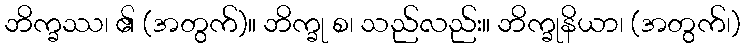
ဘိက္ခဿ၊ ၏ (အတွက်)။ ဘိက္ခု စ၊ သည်လည်း။ ဘိက္ခုနိယာ၊ (အတွက်၊)